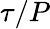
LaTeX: \tau/P